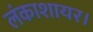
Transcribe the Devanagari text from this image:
लंकाशायर।